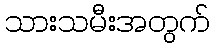
သားသမီးအတွက်